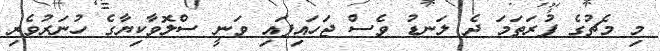
މި މެޗުގެ ފުރަތަމަ ދެ ލަނޑު ވެސް ޖަހައިފައި ވަނީ ސްލޮވާކިޔާގެ ހުނަރުވެރި